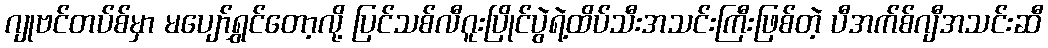
ဂျုဗင်တပ်စ်မှာ မပျော်ရွှင်တော့လို့ ပြင်သစ်လီဂူးပြိုင်ပွဲရဲ့ထိပ်သီးအသင်းကြီးဖြစ်တဲ့ ပီအက်စ်ဂျီအသင်းဆီ